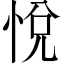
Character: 悅